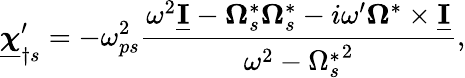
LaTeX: \underline{{\boldsymbol\chi}}_{\dagger s}^{\prime}=-\omega_{ps}^{2}\frac{\omega^{2}\underline{{\mathbf I}}-\boldsymbol\Omega_{s}^{*}\boldsymbol\Omega_{s}^{*}-i\omega^{\prime}\boldsymbol\Omega^{*}\times\underline{{\mathbf I}}}{\omega^{2}-{\Omega_{s}^{*}}^{2}},